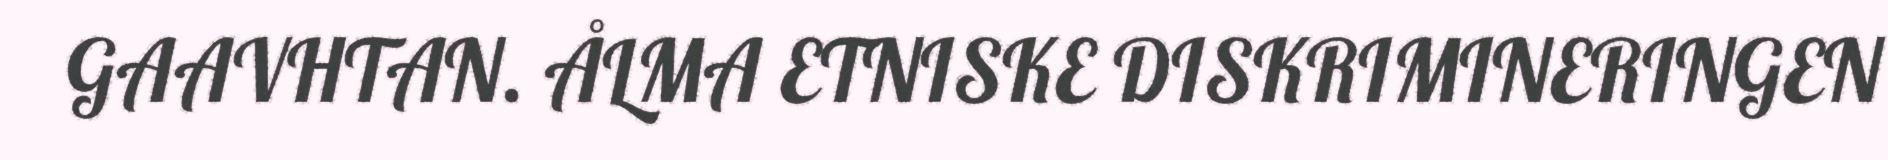
GAAVHTAN. ÅLMA ETNISKE DISKRIMINERINGEN